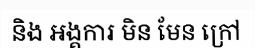
និង អង្គការ មិន មែន ក្រៅ